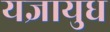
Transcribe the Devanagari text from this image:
यज्ञायुध